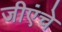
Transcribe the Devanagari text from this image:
जीएंचे